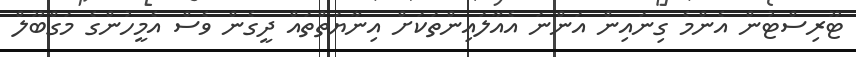
ޓޫރިސްޓުން އެންމެ ގިނައިން އަންނަ އެއާލައިންތަކަށް އިނާޔަތްތައް ދީގެން ވެސް އެމީހުންގެ މަގްބޫލް